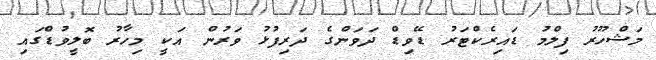
މަޝްހޫރު ފިލްމު ޑައިރެކްޓަރު ޑޭވިޑް ދަވަންގެ ދަރިފުޅު ވަރުން އަކީ މިހާރު ބޮލީވުޑްގައި